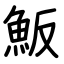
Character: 魬